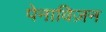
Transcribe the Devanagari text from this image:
पेनाविज़न